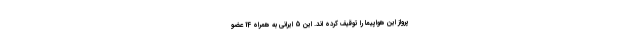
پرواز این هواپیما را توقیف کرده اند. این 5 ایرانی به همراه 14 عضو